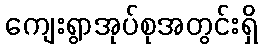
ကျေးရွာအုပ်စုအတွင်းရှိ